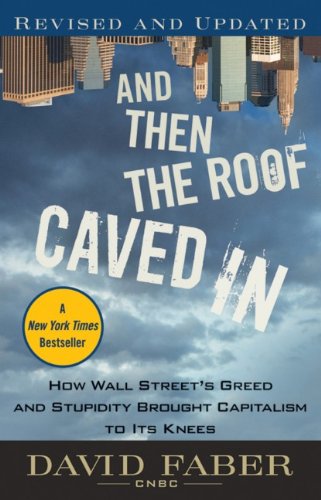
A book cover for And Then the Roof Caved In: How Wall Street's Greed and Stupidity Brought Capitalism to Its Knees; David Faber; Business & Money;